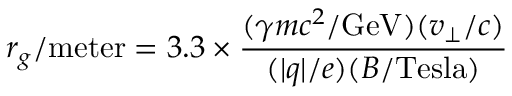
r _ { g } / \mathrm { m e t e r } = 3 . 3 \times { \frac { ( \gamma m c ^ { 2 } / \mathrm { G e V } ) ( v _ { \perp } / c ) } { ( | q | / e ) ( B / \mathrm { T e s l a } ) } }